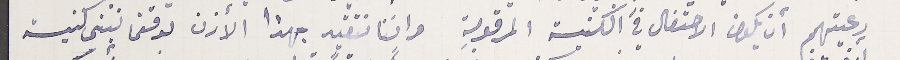
رعيتهم أن يكون الاحتفال في الكنيسة المرقومة واننا نتقيد بهذا الأذن لوقتما نبنى كنيسة